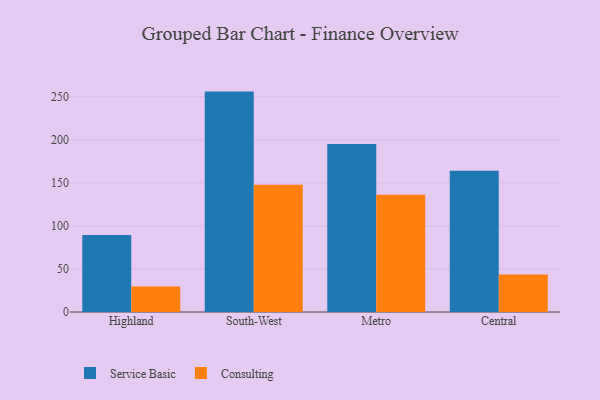
{"axis": {"x": "Region", "y": "Customer Acquisition Cost (USD)"}, "legend": ["Consulting", "Service Basic"], "data": [{"x": "Highland", "y": 89.5, "type": "Service Basic"}, {"x": "Highland", "y": 29.7, "type": "Consulting"}, {"x": "South-West", "y": 255.9, "type": "Service Basic"}, {"x": "South-West", "y": 147.7, "type": "Consulting"}, {"x": "Metro", "y": 195.0, "type": "Service Basic"}, {"x": "Metro", "y": 136.1, "type": "Consulting"}, {"x": "Central", "y": 163.9, "type": "Service Basic"}, {"x": "Central", "y": 43.4, "type": "Consulting"}]}